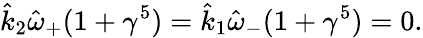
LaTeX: \hat{k}_{2}\hat{\omega}_{+}(1+\gamma^{5})=\hat{k}_{1}\hat{\omega}_{-}(1+\gamma^{5})=0.